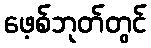
ဖေ့စ်ဘုတ်တွင်